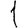
Digit: 1